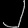
Digit: ၂